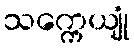
သက္ကေယျုံ